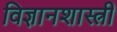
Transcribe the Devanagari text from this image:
विज्ञानशास्त्री